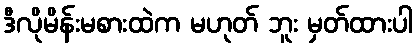
ဒီလိုမိန်းမစားထဲက မဟုတ် ဘူး မှတ်ထားပါ